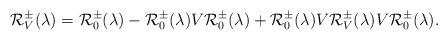
LaTeX: \begin{align*} \mathcal R_V^{\pm}(\lambda) = \mathcal R_0^{\pm}(\lambda)- \mathcal R_0^{\pm}(\lambda) V\mathcal R_0^{\pm}(\lambda) +\mathcal R_0^{\pm}(\lambda) V\mathcal R_V^{\pm} (\lambda) V \mathcal R_0^{\pm}(\lambda). \end{align*}